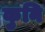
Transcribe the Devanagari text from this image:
कुनि